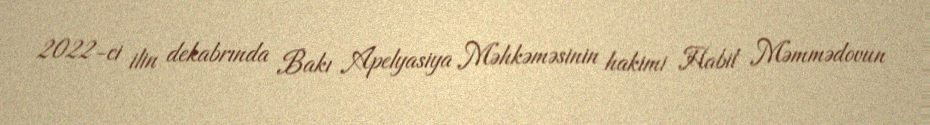
2022-ci ilin dekabrında Bakı Apelyasiya Məhkəməsinin hakimi Habil Məmmədovun